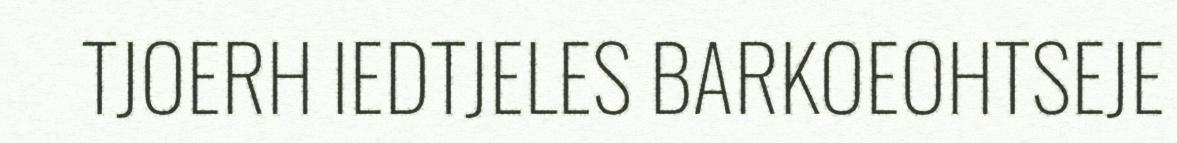
TJOERH IEDTJELES BARKOEOHTSEJE